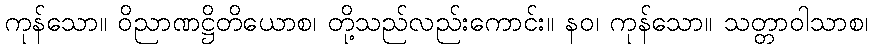
ကုန်သော။ ဝိညာဏဋ္ဌိတိယောစ၊ တို့သည်လည်းကောင်း။ နဝ၊ ကုန်သော။ သတ္တာဝါသာစ၊